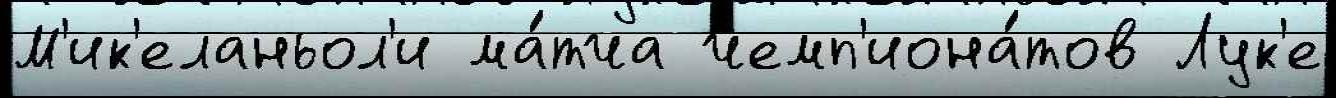
М'ик'еланьол'и ма́тча чемп'иона́тов Лук'е